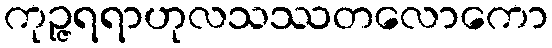
ကုဉ္ဇရရာဟုလသဿတလောကော